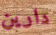
دارين